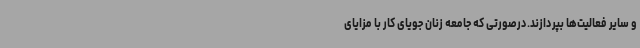
و سایر فعالیت‌ها بپردازند.درصورتی که جامعه زنان جویای کار با مزایای